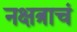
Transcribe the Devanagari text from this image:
नक्षत्राचं